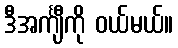
ဒီအင်္ကျီကို ဝယ်မယ်။